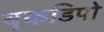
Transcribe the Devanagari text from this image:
बुकडिपो